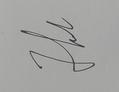
Signature authenticity: genuine